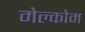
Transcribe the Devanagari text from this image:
मेल्कोम